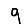
Digit: 9